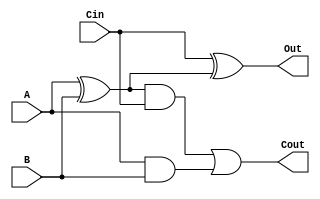
`timescale 1ns / 1ps
//////////////////////////////////////////////////////////////////////////////////
// Company: 
// Engineer: 
// 
// Design Name: 
// Module Name:    FullAdder 
// Project Name: 
// Target Devices: 
// Tool versions: 
// Description: 
//
// Dependencies: 
//
// Revision: 
// Revision 0.01 - File Created
// Additional Comments: 
//
//////////////////////////////////////////////////////////////////////////////////
module FullAdder(
    input Cin,
    input A,
    input B,
    output Cout,
    output Out
    );
	 
	 // Full Adder outputs
	 assign Out = (Cin)^(A^B);
	 assign Cout= ((A^B) & (Cin)) | (A&B);
endmodule